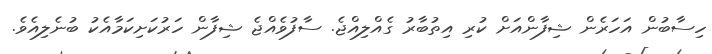
ހިސާބުން އަހަރެން ޝިފާންއަށް ކުރި އިތުބާރު ގެއްލިއްޖެ. ސާފުވެއްޖެ ޝިފާން ހަރުކަށިކަމާއެކު ބުނެލިއެވެ.